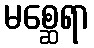
မစ္ဆေရာ